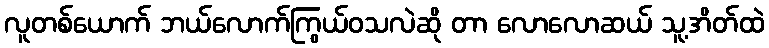
လူတစ်ယောက် ဘယ်လောက်ကြွယ်ဝသလဲဆို တာ လောလောဆယ် သူ့အိတ်ထဲ